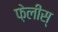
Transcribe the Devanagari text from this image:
फ़ेलीस्